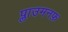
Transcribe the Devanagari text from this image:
प्लाउमनफ़